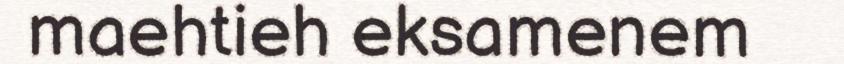
maehtieh eksamenem